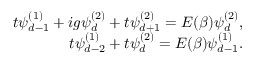
\begin{array} { r } { t \psi _ { d - 1 } ^ { ( 1 ) } + i g \psi _ { d } ^ { ( 2 ) } + t \psi _ { d + 1 } ^ { ( 2 ) } = E ( \beta ) \psi _ { d } ^ { ( 2 ) } , } \\ { t \psi _ { d - 2 } ^ { ( 1 ) } + t \psi _ { d } ^ { ( 2 ) } = E ( \beta ) \psi _ { d - 1 } ^ { ( 1 ) } . } \end{array}